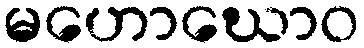
မဟောဃောဝ